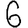
Digit: 6